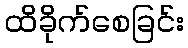
ထိခိုက်စေခြင်း